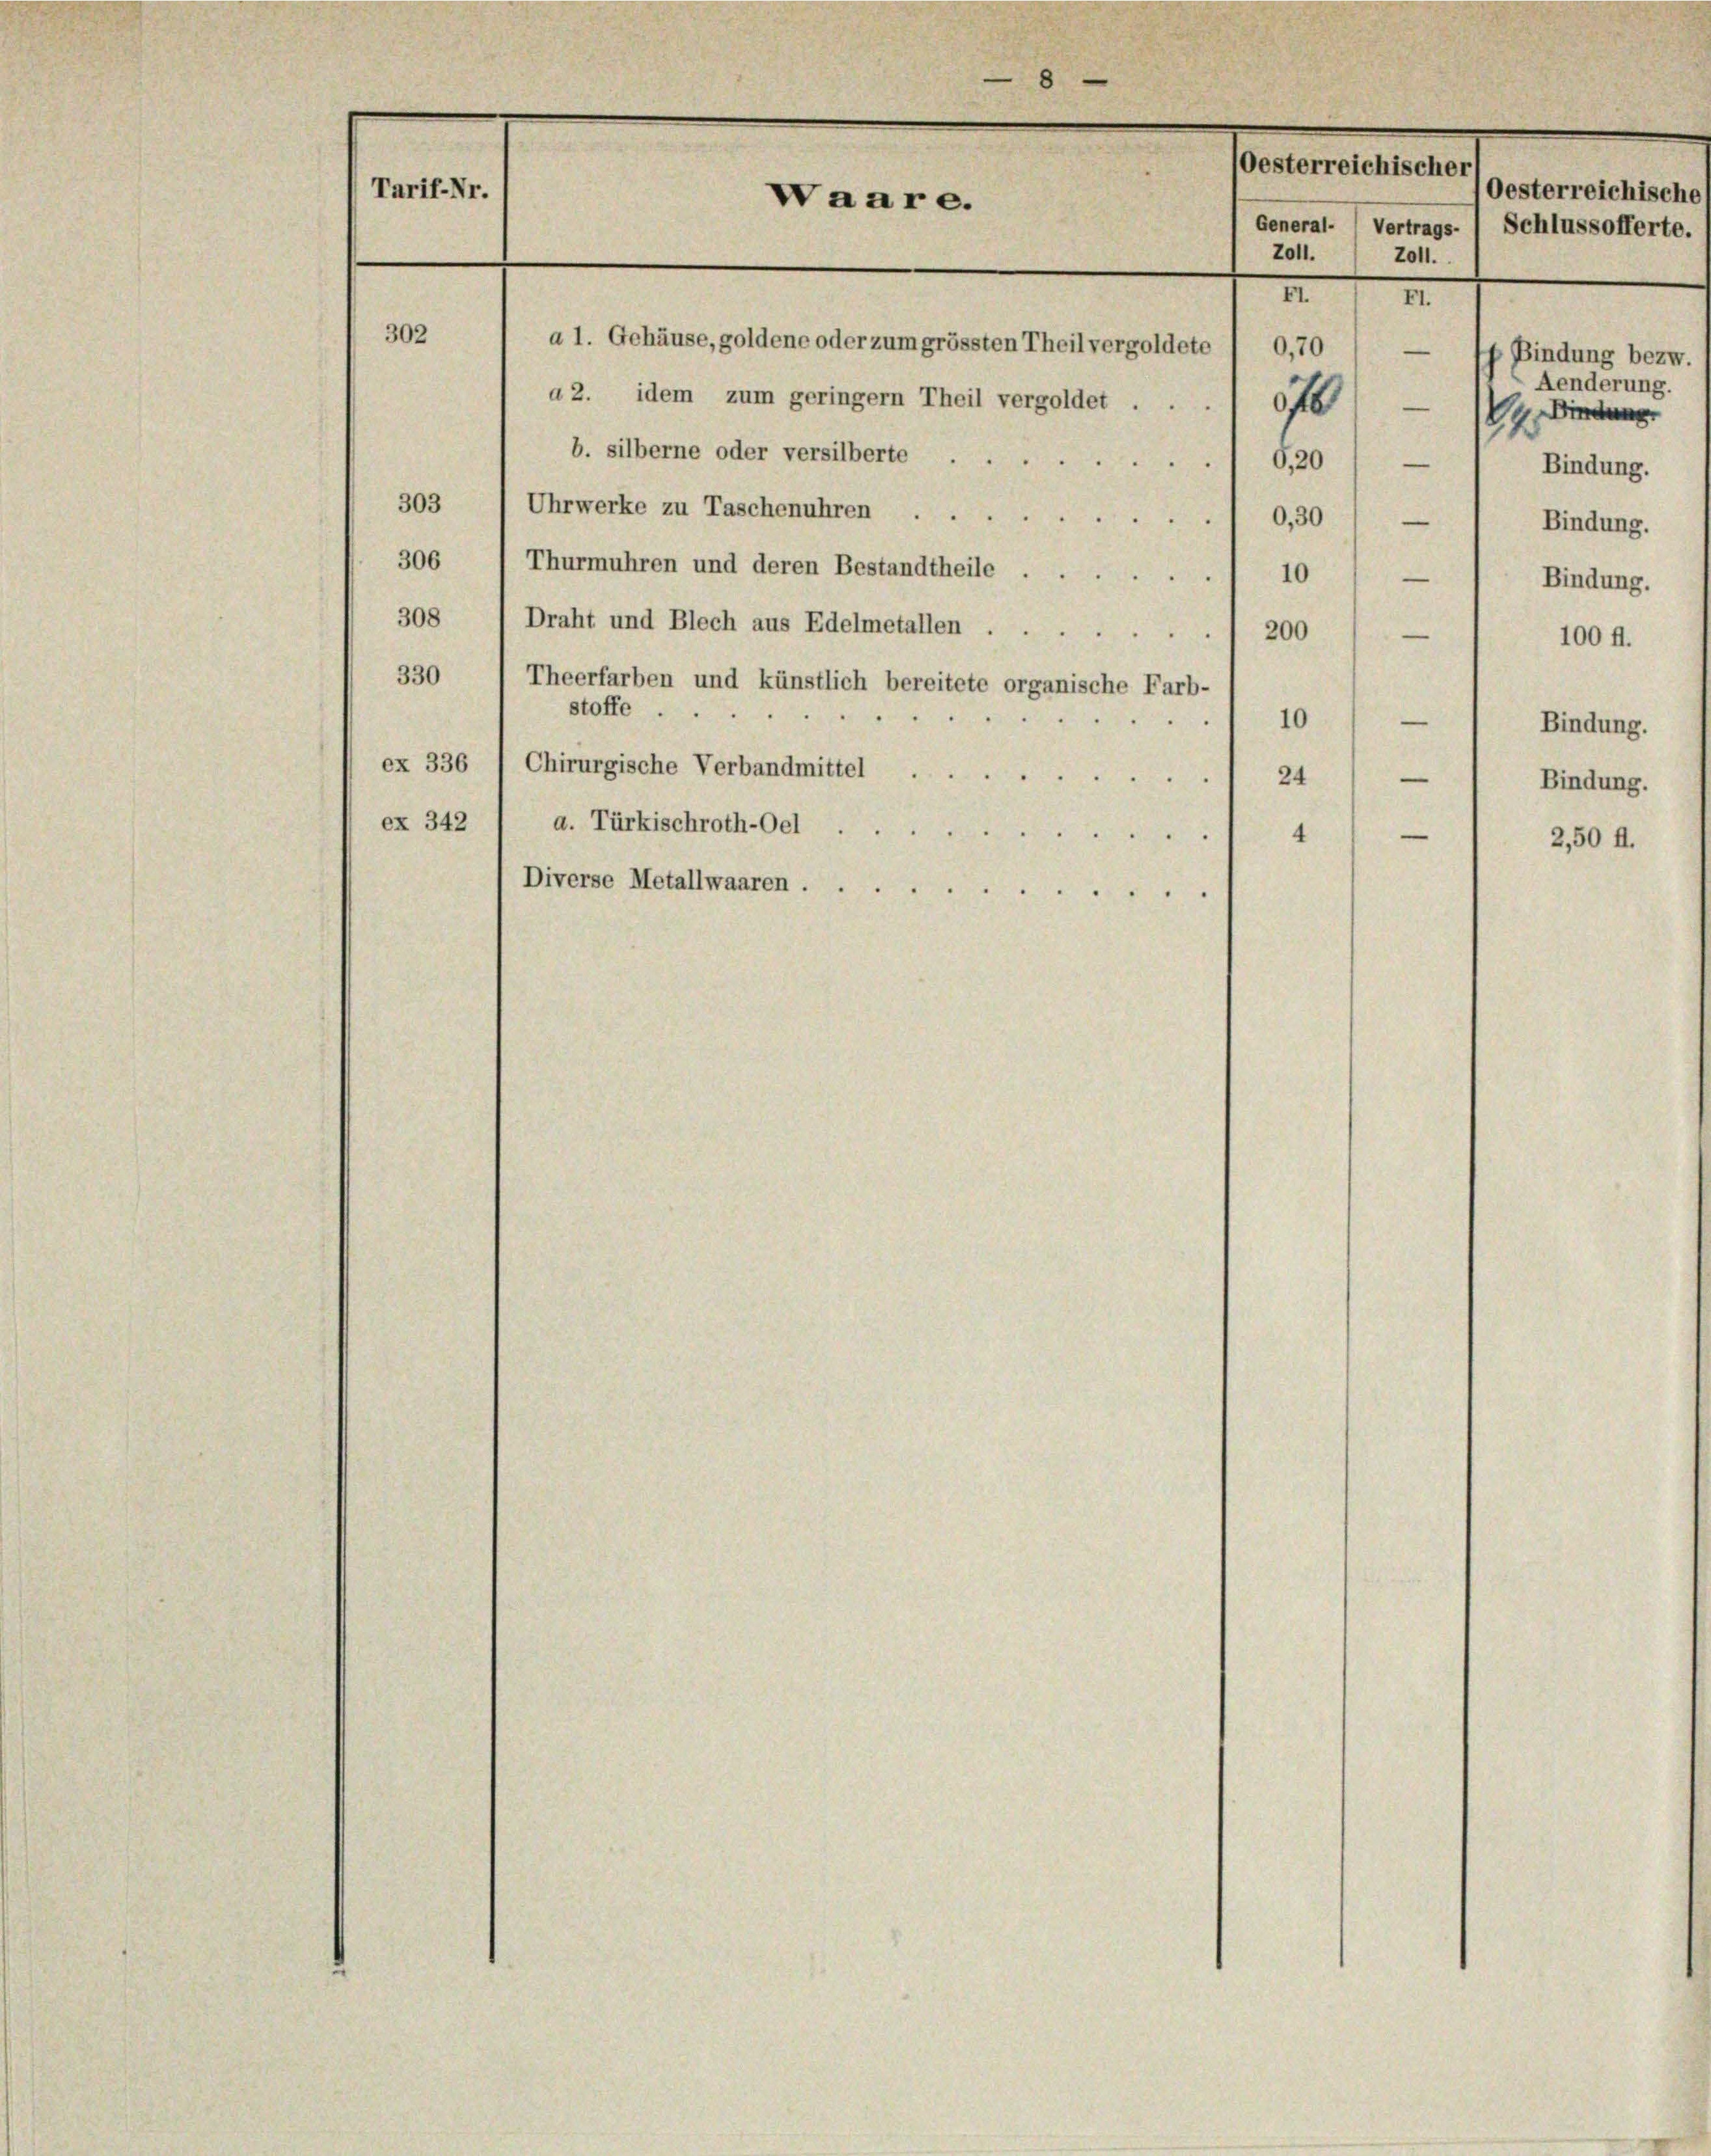
Tarif-Nr.

303 / Uhrwerke zu Taschenuhren 0,30) —
306 ) Thurmuhren und deren Bestandtheile 10 — 1 Bindung.
308 / Draht und Blech aus Edelmetallen 200
—
330
Theerfarben und künstlich bereitete organische Farb-
stoffe ..
10
—

ex 336
Chirurgische Verbandmittel . .
—

24
ex 342 / a. Türkischroth-Oel
4
Diverse Metallwaaren.

302

8
Oesterreichischer
Waare.
General. Vertrags 1 Schlussofferte.
Z011.
2011.
III
a 1. Gehäuse, goldene oder zum grössten Theil vergoldete / 0,70
—
p Bindung bezw.
Aenderung.
d 2. idem zum geringern Theil vergoldet . .
0f 4. Bindung
b. silberne oder versilberte 6,20) —
Bindung.

Bindung.
100 fl.
Bindung.
Bindung.
2,50 ff.

Oesterreichische